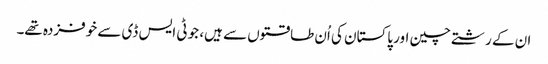
ان کے رشتے چین اور پاکستان کی اُن طاقتوں سے ہیں، جو ٹی ایس ڈی سے خوفزدہ تھے۔